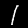
Label: 1